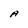
Character: A